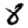
Digit: 8